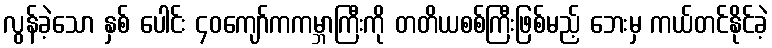
လွန်ခဲ့သော နှစ် ပေါင်း ၄၀ကျော်ကကမ္ဘာကြီးကို တတိယစစ်ကြီးဖြစ်မည့် ဘေးမှ ကယ်တင်နိုင်ခဲ့